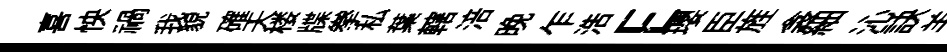
喜怏禍我貌確天楼牒拳私葉轄涪晚乍浩E瓔臣旌衾細沁訣羊